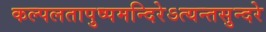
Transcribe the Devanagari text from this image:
कल्पलतापुष्पमन्दिरेऽत्यन्तसुन्दरे